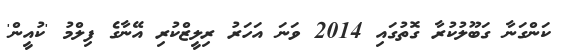
ކަންގަނާ ގަބޫލުކުރާ ގޮތުގައި 2014 ވަނަ އަހަރު ރިލީޒްކުރި އޭނާގެ ފިލްމު 'ކުއީން'